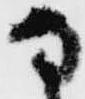
な